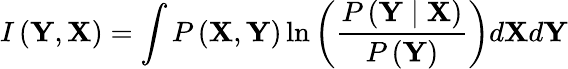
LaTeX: I\left(\mathbf{Y},\mathbf{X}\right)=\int P\left(\mathbf{X},\mathbf{Y}\right)\ln\left(\frac{P\left(\mathbf{Y}\mid\mathbf{X}\right)}{P\left(\mathbf{Y}\right)}\right)d\mathbf{X}d\mathbf{Y}